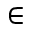
\in